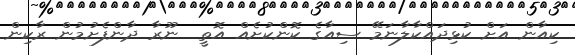
ކިއާން އަށް ކުޅިދައްކާލާނަމޭ ސިއާގެ ކޮންކުށެއް އޮތީ  ނޫރާ ދާންފެށުމުން ރާކިން